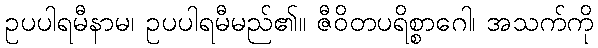
ဥပပါရမီနာမ၊ ဥပပါရမီမည်၏။ ဇီဝိတပရိစ္စာဂေါ၊ အသက်ကို